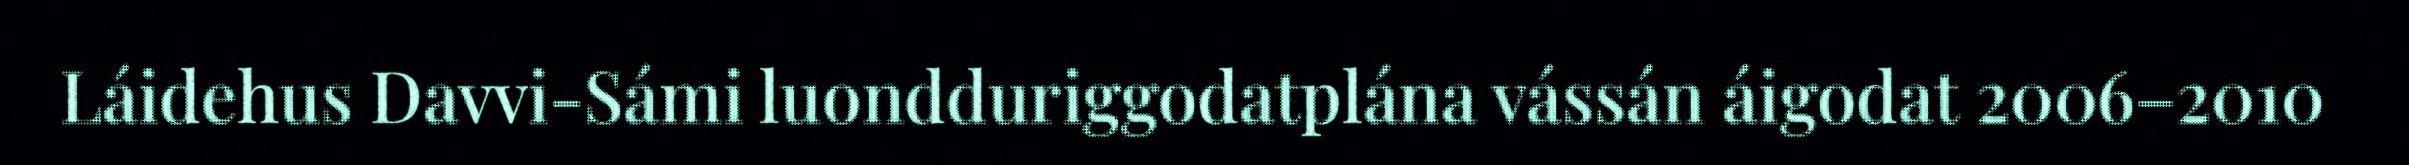
Láidehus Davvi-Sámi luondduriggodatplána vássán áigodat 2006–2010